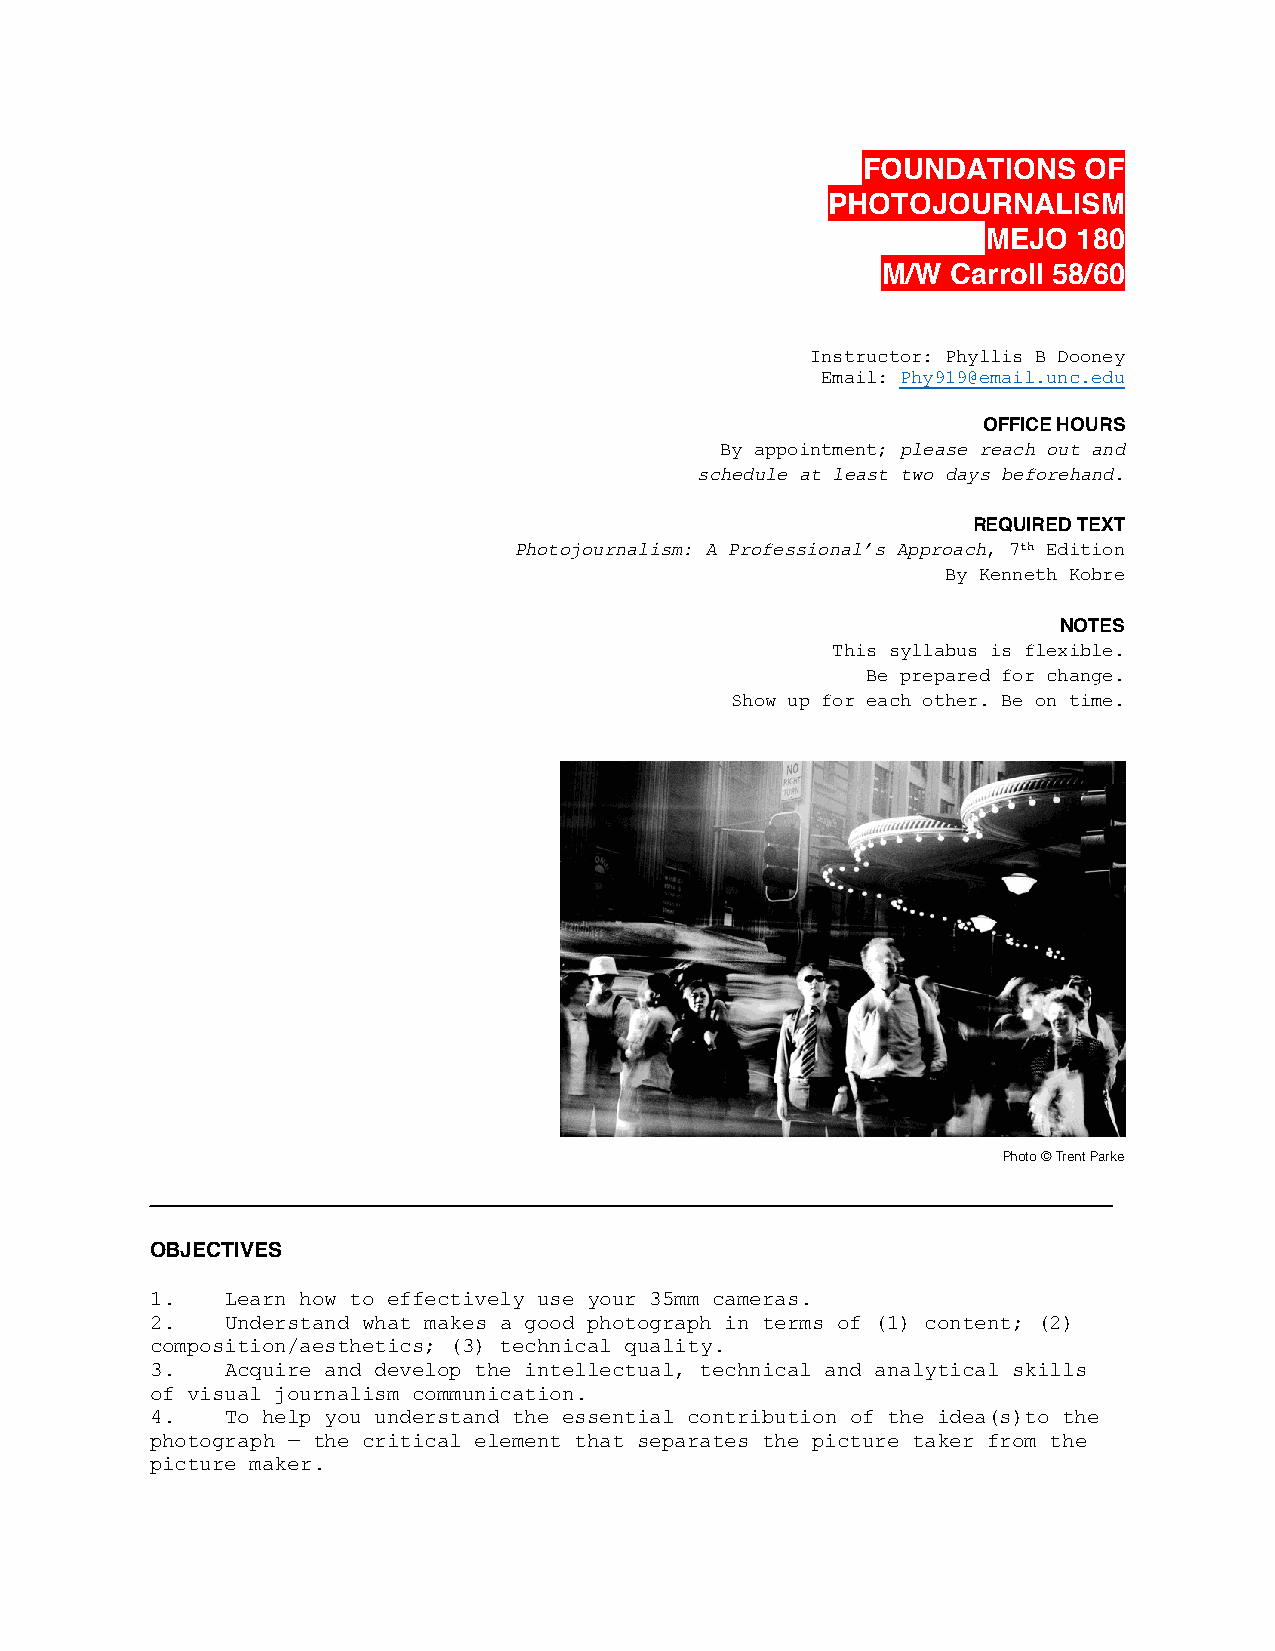
FOUNDATIONS    OF
 PHOTOJOURNALISM
 MEJO  180
 M/W  Carroll 58/60
 BA
 Instructor: Phyllis B Dooney
 Email: Phy919@email.unc.edu
 OFFICE HOURS
 By appointment; please reach out and
 schedule at least two days beforehand.
 REQUIRED TEXT
 Photojournalism: A Professional’s Approach, 7th Edition
 By Kenneth Kobre
 NOTES
 This syllabus is flexible.
 Be prepared for change.
 Show up for each other. Be on time.
 Photo © Trent Parke
 _____________________________________________________________________________
 OBJECTIVES
 1.   Learn how to effectively use your 35mm cameras.
 2.   Understand what makes a good photograph in terms of (1) content; (2)
 composition/aesthetics; (3) technical quality.
 3.   Acquire and develop the intellectual, technical and analytical skills
 of visual journalism communication.
 4.   To help you understand the essential contribution of the idea(s)to the
 photograph — the critical element that separates the picture taker from the
 picture maker.